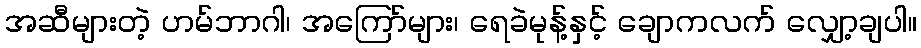
အဆီများတဲ့ ဟမ်ဘာဂါ၊ အကြော်များ၊ ရေခဲမုန့်နှင့် ချောကလက် လျှော့ချပါ။